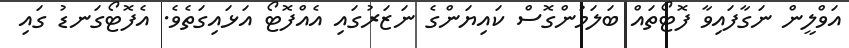
އަވްލީން ނަގާފައިވާ ފޮޓޯތައް ބަލަމުންގޮސް ކައިޔަންގެ ނަޒަރުގައި އެއްފޮޓޯ އަޅައިގަތެވެ. އެފޮޓޯގަނޑު ގައި